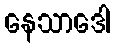
နေသာဒေါ